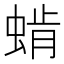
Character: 𰳅